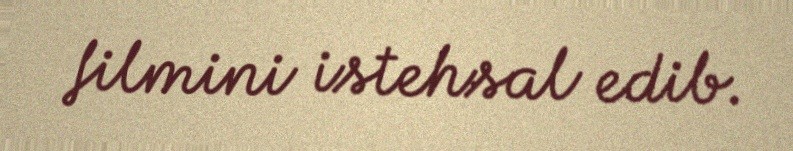
filmini istehsal edib.